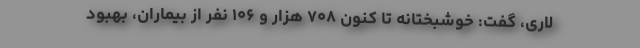
لاری، گفت: خوشبختانه تا کنون ۷۰۸ هزار و ۱۰۶ نفر از بیماران، بهبود